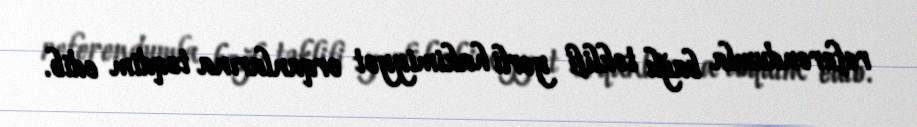
referendumla bağlı təklifi yerli hakimiyyət orqanlarına təqdim edib.